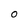
Character: O